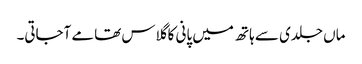
ماں جلدی سے ہاتھ میں پانی کا گلاس تھامے آجاتی۔